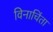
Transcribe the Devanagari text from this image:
विनाचिंता